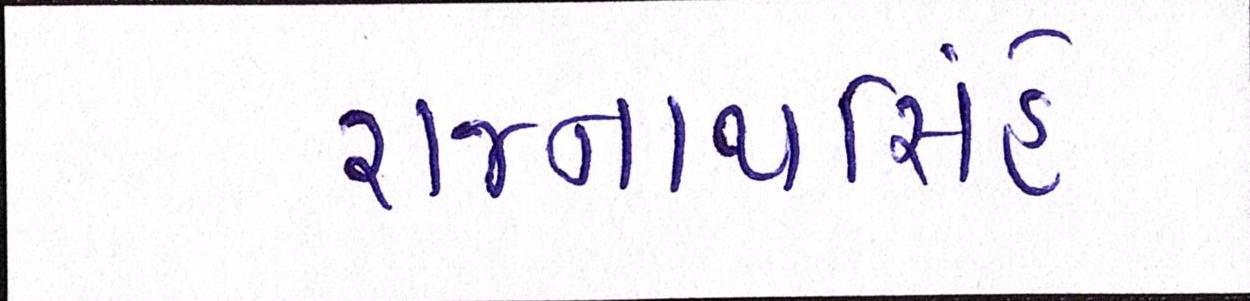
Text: રાજનાથસિંહે